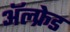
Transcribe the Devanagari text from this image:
अॅल्फ्रेड